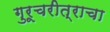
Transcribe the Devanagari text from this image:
गुरूचरीत्राचा